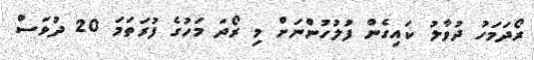
ރޯދަމަހު ދުވާލު ކައިގެން ފުލުހުންނަށް މި ރޯދަ މަހުގެ ފުރަަތަމަ 20 ދުވަސް